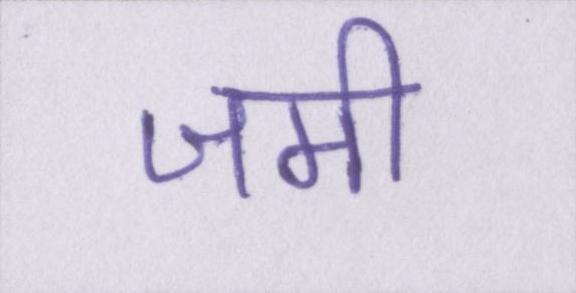
जमी